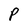
Character: P